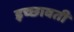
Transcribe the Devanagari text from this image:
इच्छावती